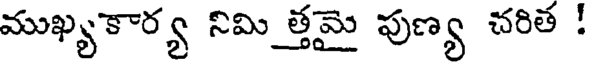
ముఖ్యకార్య నిమి త్తమై పుణ్య చరిత !